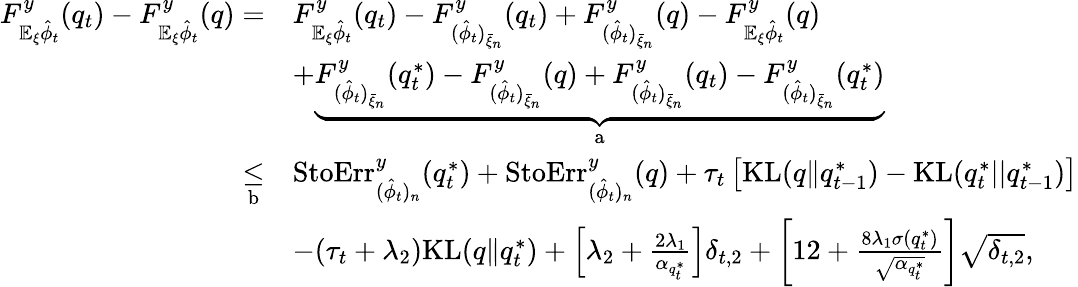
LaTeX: \begin{array}{rl}{F_{\mathbb{E}_{\xi}\hat{\phi}_{t}}^{y}(q_{t})-F_{\mathbb{E}_{\xi}\hat{\phi}_{t}}^{y}(q)=}&{F_{\mathbb{E}_{\xi}\hat{\phi}_{t}}^{y}(q_{t})-F_{(\hat{\phi}_{t})_{\bar{\xi}_{n}}}^{y}(q_{t})+F_{(\hat{\phi}_{t})_{\bar{\xi}_{n}}}^{y}(q)-F_{\mathbb{E}_{\xi}\hat{\phi}_{t}}^{y}(q)}\\ &{+\underbrace{F_{(\hat{\phi}_{t})_{\bar{\xi}_{n}}}^{y}(q_{t}^{*})-F_{(\hat{\phi}_{t})_{\bar{\xi}_{n}}}^{y}(q)+F_{(\hat{\phi}_{t})_{\bar{\xi}_{n}}}^{y}(q_{t})-F_{(\hat{\phi}_{t})_{\bar{\xi}_{n}}}^{y}(q_{t}^{*})}_{\mathrm{a}}}\\ {\underset{\mathrm{b}}{\leq}}&{\mathrm{StoErr}_{(\hat{\phi}_{t})_{n}}^{y}(q_{t}^{*})+\mathrm{StoErr}_{(\hat{\phi}_{t})_{n}}^{y}(q)+\tau_{t}\left[\mathrm{KL}(q\| q_{t-1}^{*})-\mathrm{KL}(q_{t}^{*}||q_{t-1}^{*})\right]}\\ &{-(\tau_{t}+\lambda_{2})\mathrm{KL}(q\| q_{t}^{*})+\left[\lambda_{2}+\frac{2\lambda_{1}}{\alpha_{q_{t}^{*}}}\right]\delta_{t,2}+\left[12+\frac{8\lambda_{1}\sigma(q_{t}^{*})}{\sqrt{\alpha_{q_{t}^{*}}}}\right]\sqrt{\delta_{t,2}},}\end{array}